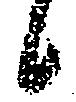
候